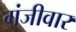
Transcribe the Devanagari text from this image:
गंजीवार